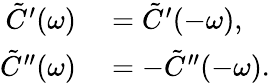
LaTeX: \begin{array}{rl}{\tilde{C}^{\prime}(\omega)}&{{}=\tilde{C}^{\prime}(-\omega),}\\ {\tilde{C}^{\prime\prime}(\omega)}&{{}=-\tilde{C}^{\prime\prime}(-\omega).}\end{array}